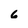
Character: 6